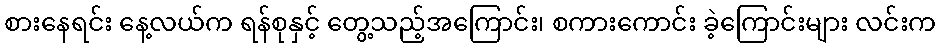
စားနေရင်း နေ့လယ်က ရန်စုနှင့် တွေ့သည့်အကြောင်း၊ စကားကောင်း ခဲ့ကြောင်းများ လင်းက